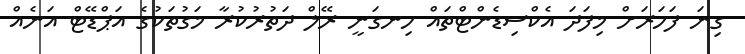
ގިނަ ފަހަރަށް މިފަދަ އެކްސިޑެންޓްތައް ހިނގަނީ ރޭލް ދަތުރުކުރާ މަގުތަކުގެ އަޕްޑޭޓް އަނެއް